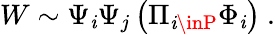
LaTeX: W\sim\Psi_{\mathit{i}}\Psi_{j}\left(\Pi_{\mathit{i}\inP}\Phi_{\mathit{i}}\right)\ .